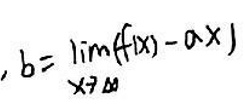
$b = \lim_{x \to 0} [f(x) - ax]$